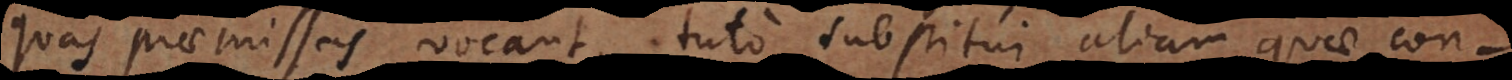
quas praemissas vocant, tuto substitui aliam quae concl